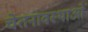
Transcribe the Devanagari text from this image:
चेतनावस्थाओं